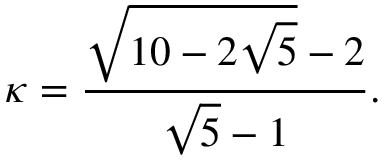
\kappa = { \frac { { \sqrt { 1 0 - 2 { \sqrt { 5 } } } } - 2 } { { \sqrt { 5 } } - 1 } } .